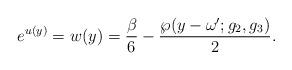
LaTeX: \begin{align*}e^{u(y)}=w(y)=\frac{\beta}{6}-\frac{\wp(y-\omega^{\prime}; g_2,g_3)}{2}.\end{align*}